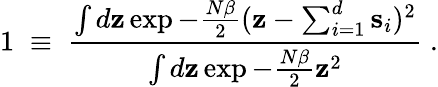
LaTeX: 1\; \equiv\; {\frac{\int d{\mathbf z}\exp-{\frac{N\beta}{2}}({\mathbf z}-\sum_{i=1}^{d}{\mathbf s}_{i})^{2}}{\int d{\mathbf z}\exp-{\frac{N\beta}{2}}{\mathbf z}^{2}}}\; .